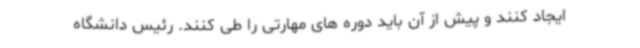
ایجاد کنند و پیش از آن باید دوره های مهارتی را طی کنند. رئیس دانشگاه